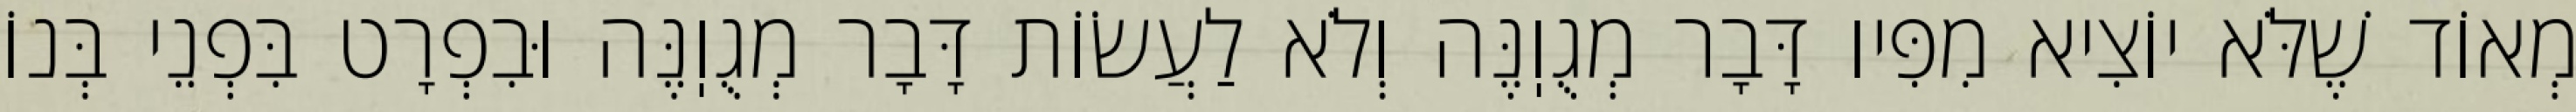
מְאוֹד שֶׁלֹּא יוֹצִיא מִפִּיו דָּבָר מְגֻוֽנֶּה וְלֹא לַעֲשׂוֹת דָּבָר מְגֻוֽנֶּה וּבִפְרָט בִּפְנֵי בְּנוֹ